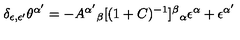
\delta _ { \epsilon , \epsilon ^ { \prime } } \theta ^ { \alpha ^ { \prime } } = - A ^ { \alpha ^ { \prime } } { } _ { \beta } [ ( 1 + C ) ^ { - 1 } ] ^ { \beta } { } _ { \alpha } \epsilon ^ { \alpha } + \epsilon ^ { \alpha ^ { \prime } }